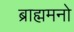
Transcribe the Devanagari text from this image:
ब्राह्ममनो